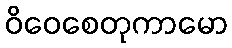
ဝိဝေစေတုကာမော